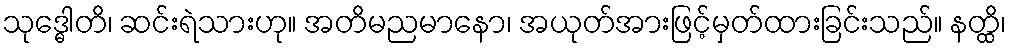
သုဒ္ဓေါတိ၊ ဆင်းရဲသားဟု။ အတိမညမာနော၊ အယုတ်အားဖြင့်မှတ်ထားခြင်းသည်။ နတ္ထိ၊